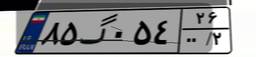
۸۵گ۰۵۴۲۶